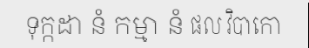
ទុក្កដា នំ កម្មា នំ ផល វិបាកោ